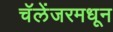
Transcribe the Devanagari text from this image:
चॅलेंजरमधून